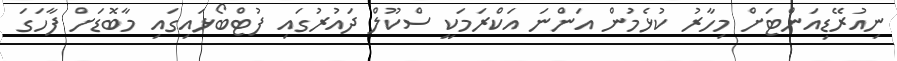
ނިއުރޭޑިއަންޓަށް މިހާރު ކުޅެމުން އަންނަ އަކްރަމަކީ ސްކޫލް ދައުރުގައި ފުޓްބޯޅައިގައި މާބޮޑަށް ފާހަގަ